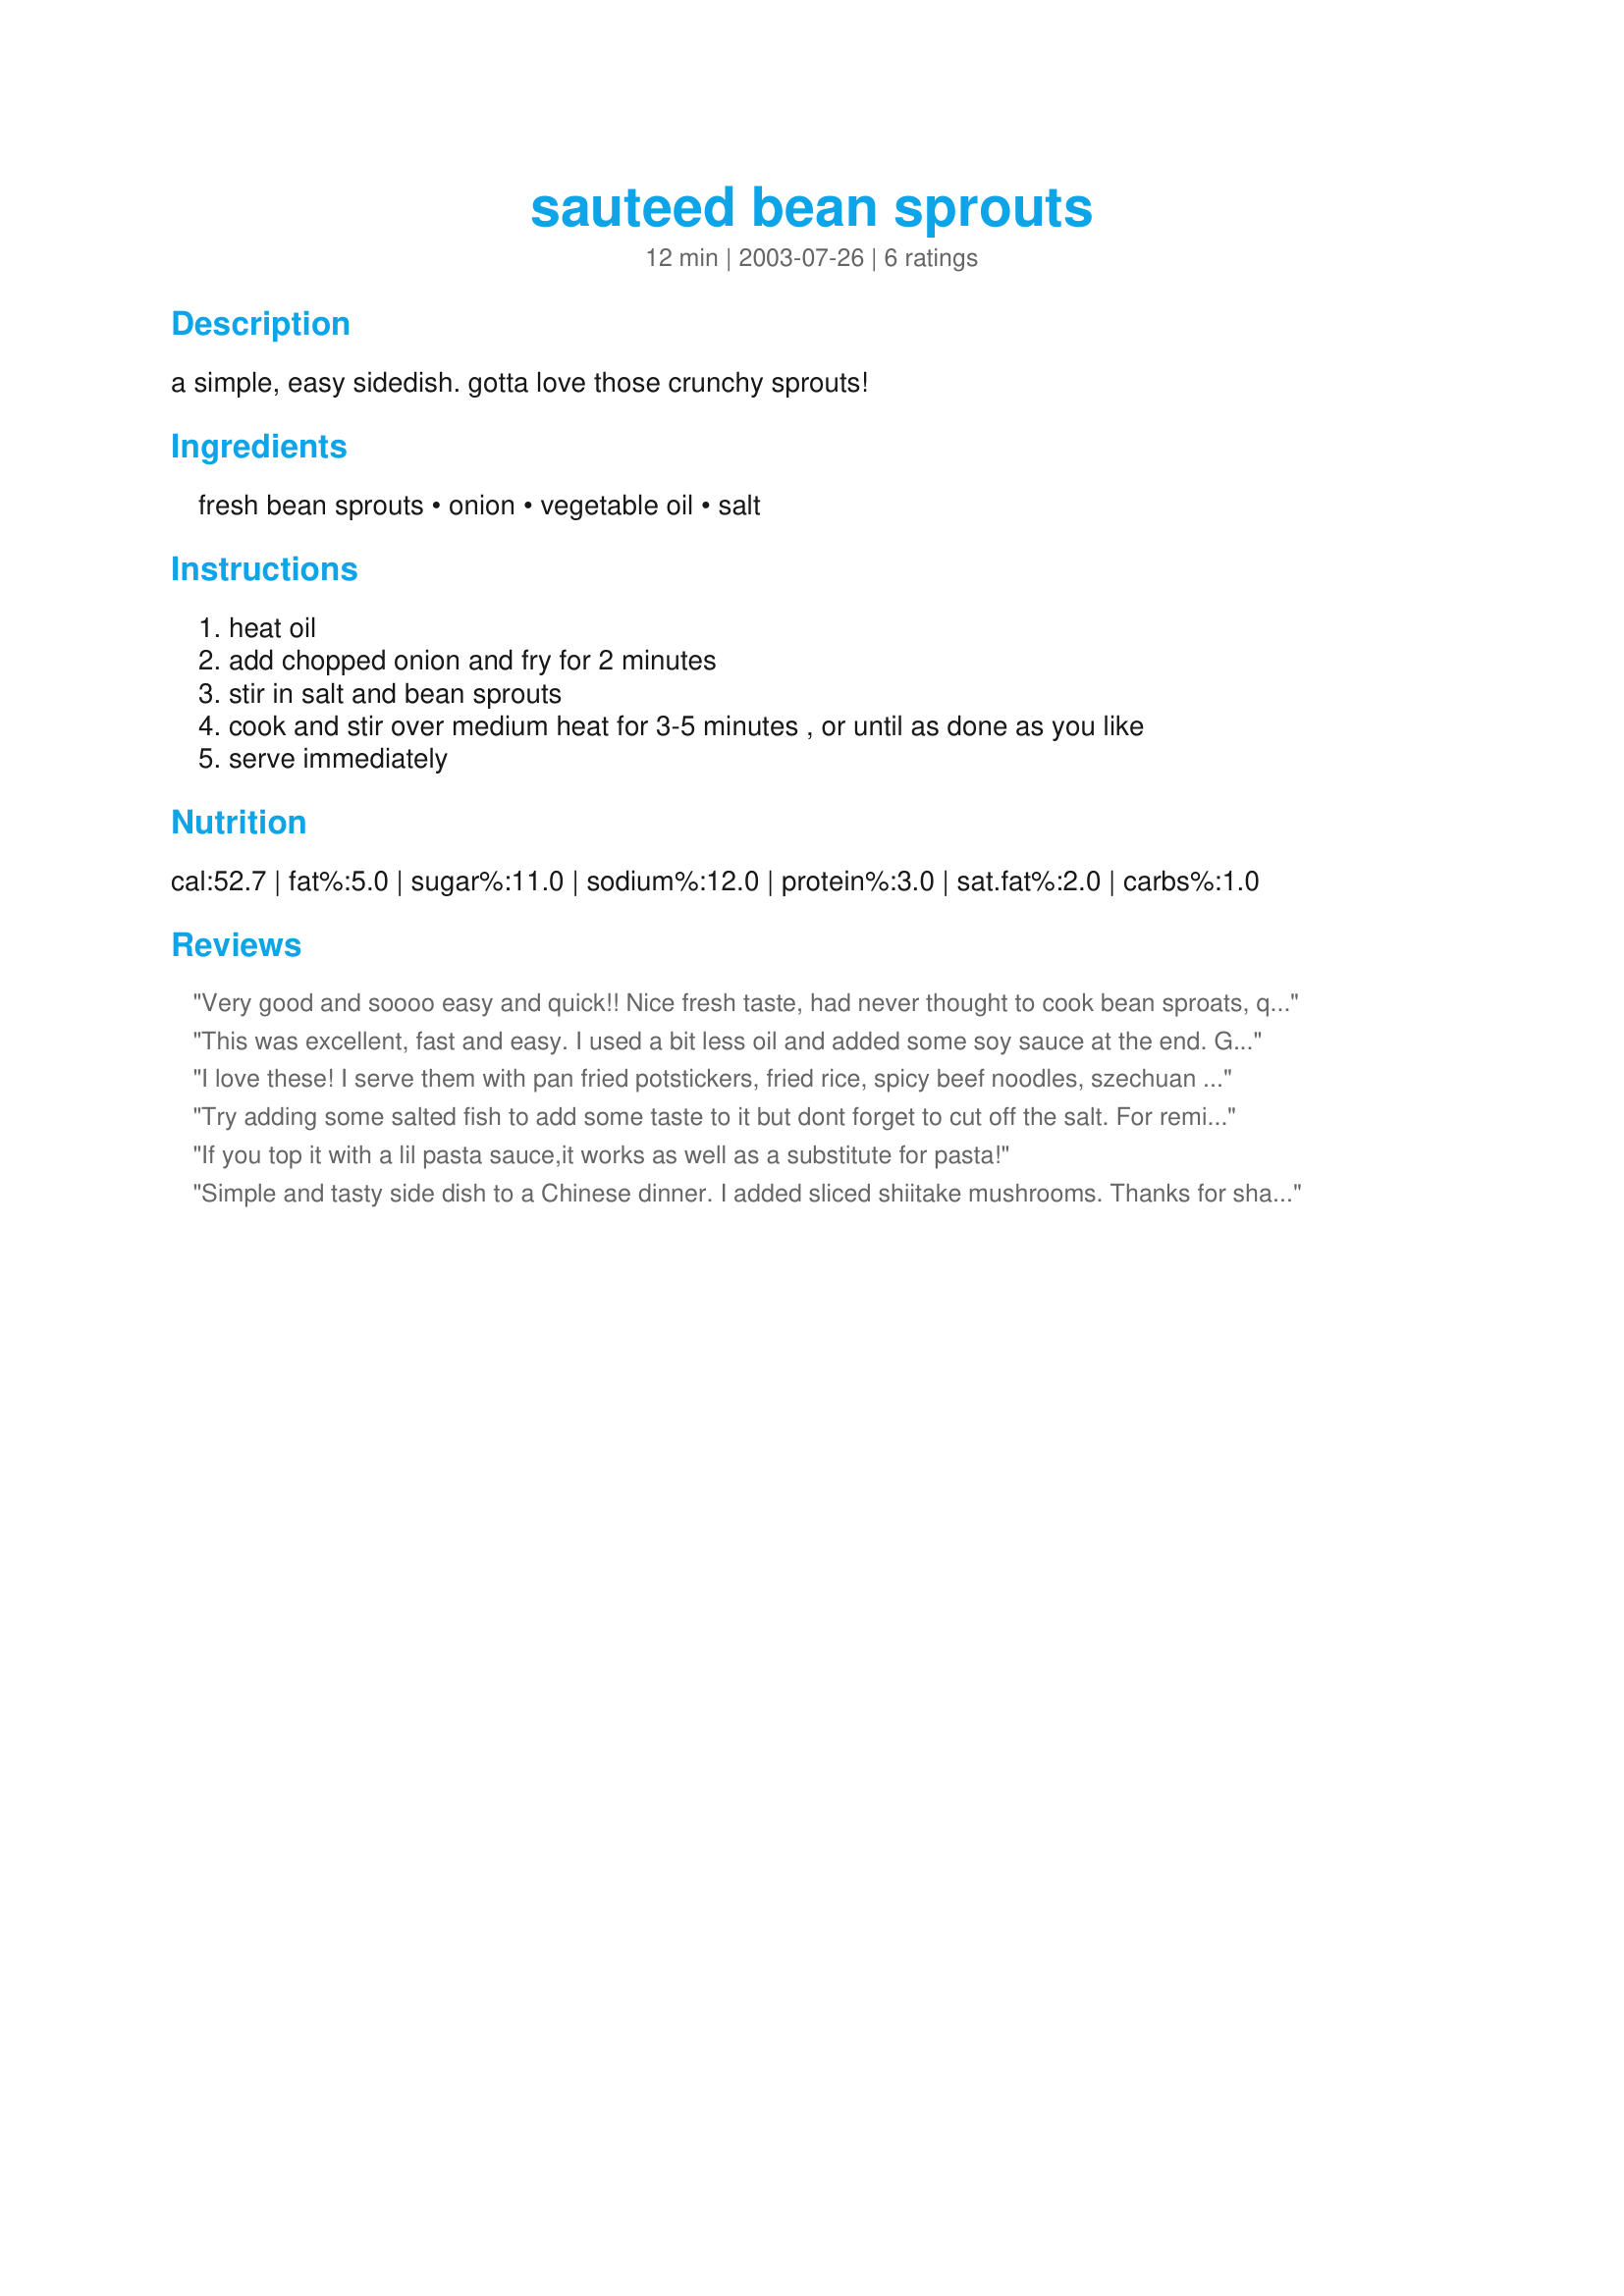
sauteed bean sprouts
Preparation time: 12 minutes

a simple, easy sidedish. gotta love those crunchy sprouts!

Ingredients:
fresh bean sprouts, onion, vegetable oil, salt

Steps:
heat oil, add chopped onion and fry for 2 minutes, stir in salt and bean sprouts, cook and stir over medium heat for 3-5 minutes , or until as done as you like, serve immediately

Reviews:
Very good and soooo easy and quick!! Nice fresh taste, had never thought to cook bean sproats, quite different for us and happy we found it, we will be doing this again.Thanks for sharing Mae!!
This was excellent, fast and easy. I used a bit less oil and added some soy sauce at the end. Green onions for color instead of regualr. I'll certainly make this again and again.
I love these! I serve them with pan fried potstickers, fried rice, spicy beef noodles, szechuan chicken...basically all kinds of asian dishes. I usually use a little less oil and add a couple tbsp of soy sauce
Try adding some salted fish to add some taste to it but dont forget to cut off the salt. For reminder, beansprout should be cooked over high fire and served immediately for best quality.
If you top it with a lil pasta sauce,it works as well as a substitute for pasta!
Simple and tasty side dish to a Chinese dinner. I added sliced shiitake mushrooms. Thanks for sharing this easy and delicious recipe. (Pick Your Chef Nov04)
